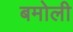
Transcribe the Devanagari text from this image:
बमोली